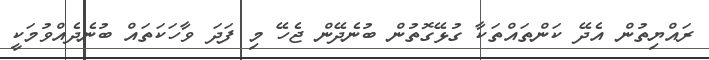
ރައްޔިތުން އެދޭ ކަންތައްތަކާ ގުޅޭގޮތުން ބުނެދޭން ޖެހޭ މި ފަދަ ވާހަކަތައް ބުނެދެއްވުމަކީ